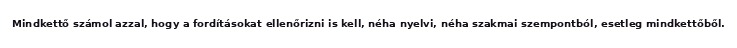
Mindkettő számol azzal, hogy a fordításokat ellenőrizni is kell, néha nyelvi, néha szakmai szempontból, esetleg mindkettőből.